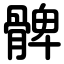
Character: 髀